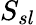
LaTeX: S_{sl}